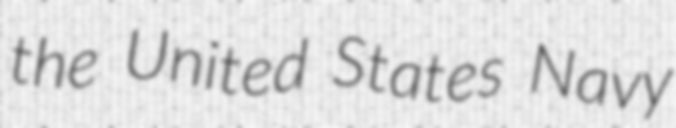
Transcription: the United States Navy